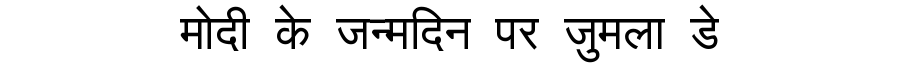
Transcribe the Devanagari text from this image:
मोदी के जन्मदिन पर जुमला डे